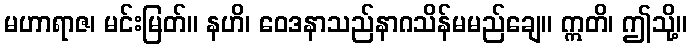
မဟာရာဇ၊ မင်းမြတ်။ နဟိ၊ ဝေဒနာသည်နာဂသိန်မမည်ချေ။ ဣတိ၊ ဤသို့။